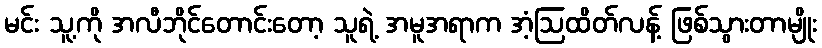
မင်း သူ့ကို အလီဘိုင်တောင်းတော့ သူရဲ့ အမူအရာက အံ့ဩထိတ်လန့် ဖြစ်သွားတာမျိုး